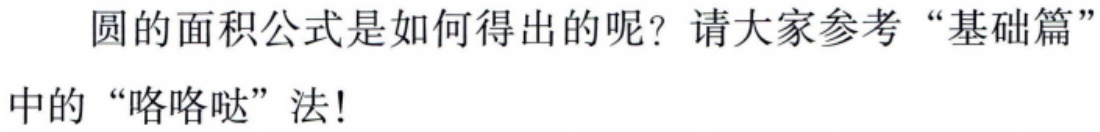
圆的面积公式是如何得出的呢？请大家参考“基础篇”中的“咯咯哒”法!